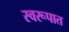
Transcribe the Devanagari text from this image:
स्‍वरूपात